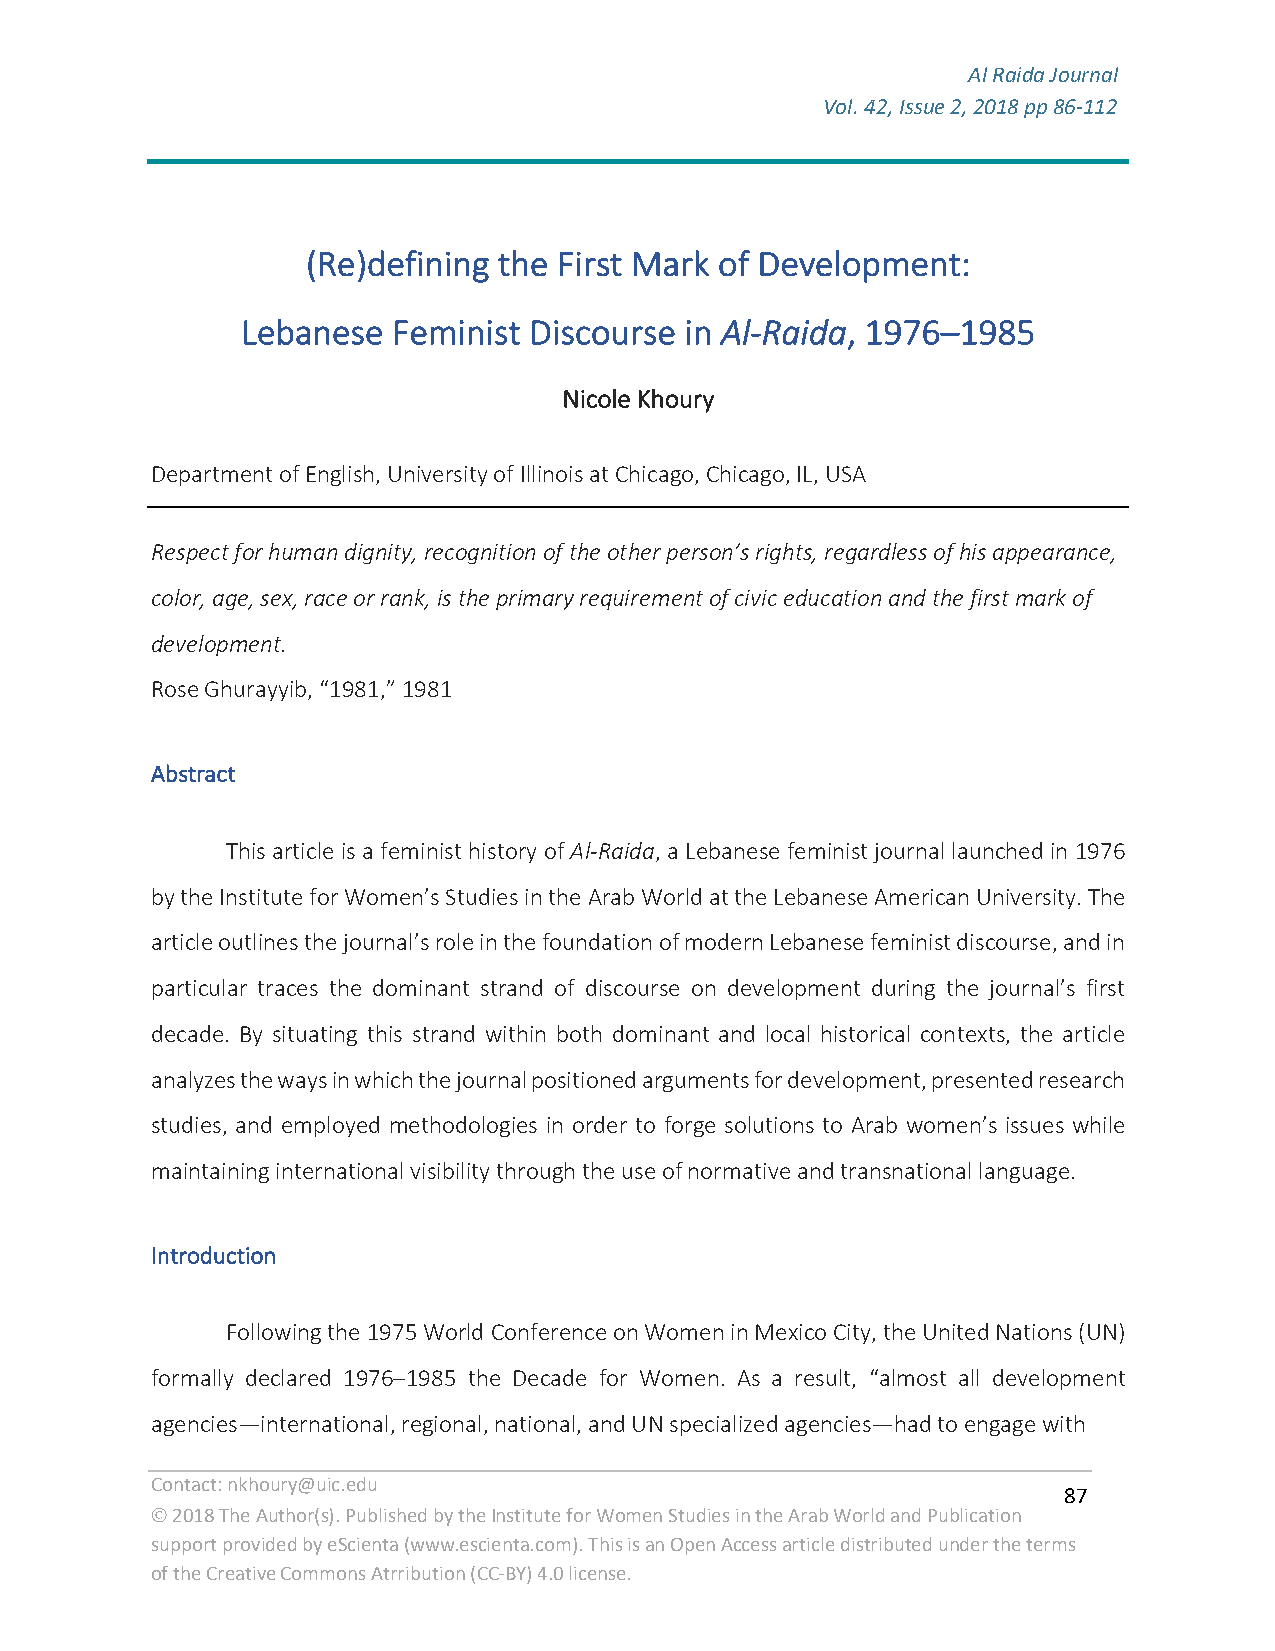
Al Raida Journal
 Vol. 42, Issue 2, 2018 pp 86-112
 F
 (Re)defining the First Mark of Development:
 Lebanese  Feminist Discourse in Al-Raida, 1976–1985
 Nicole Khoury
 Department of English, University of Illinois at Chicago, Chicago, IL, USA
 Respect for human dignity, recognition of the other person’s rights, regardless of his appearance,
 color, age, sex, race or rank, is the primary requirement of civic education and the first mark of
 development.
 Rose Ghurayyib, “1981,” 1981
 Abstract
 This article is a feminist history of Al-Raida, a Lebanese feminist journal launched in 1976
 by the Institute for Women’s Studies in the Arab World at the Lebanese American University. The
 article outlines the journal’s role in the foundation of modern Lebanese feminist discourse, and in
 particular traces the dominant strand of discourse on development during the journal’s first
 decade. By situating this strand within both dominant and local historical contexts, the article
 analyzes the ways in which the journal positioned arguments for development, presented research
 studies, and employed methodologies in order to forge solutions to Arab women’s issues while
 maintaining international visibility through the use of normative and transnational language.
 Introduction
 Following the 1975 World Conference on Women in Mexico City, the United Nations (UN)
 formally declared 1976–1985 the Decade for Women. As a result, “almost all development
 agencies—international, regional, national, and UN specialized agencies—had to engage with
 Contact: nkhoury@uic.edu
 87
 Ó 2018 The Author(s). Published by the Institute for Women Studies in the Arab World and Publication
 support provided by eScienta (www.escienta.com). This is an Open Access article distributed under the terms
 of the Creative Commons Atrribution (CC-BY) 4.0 license.